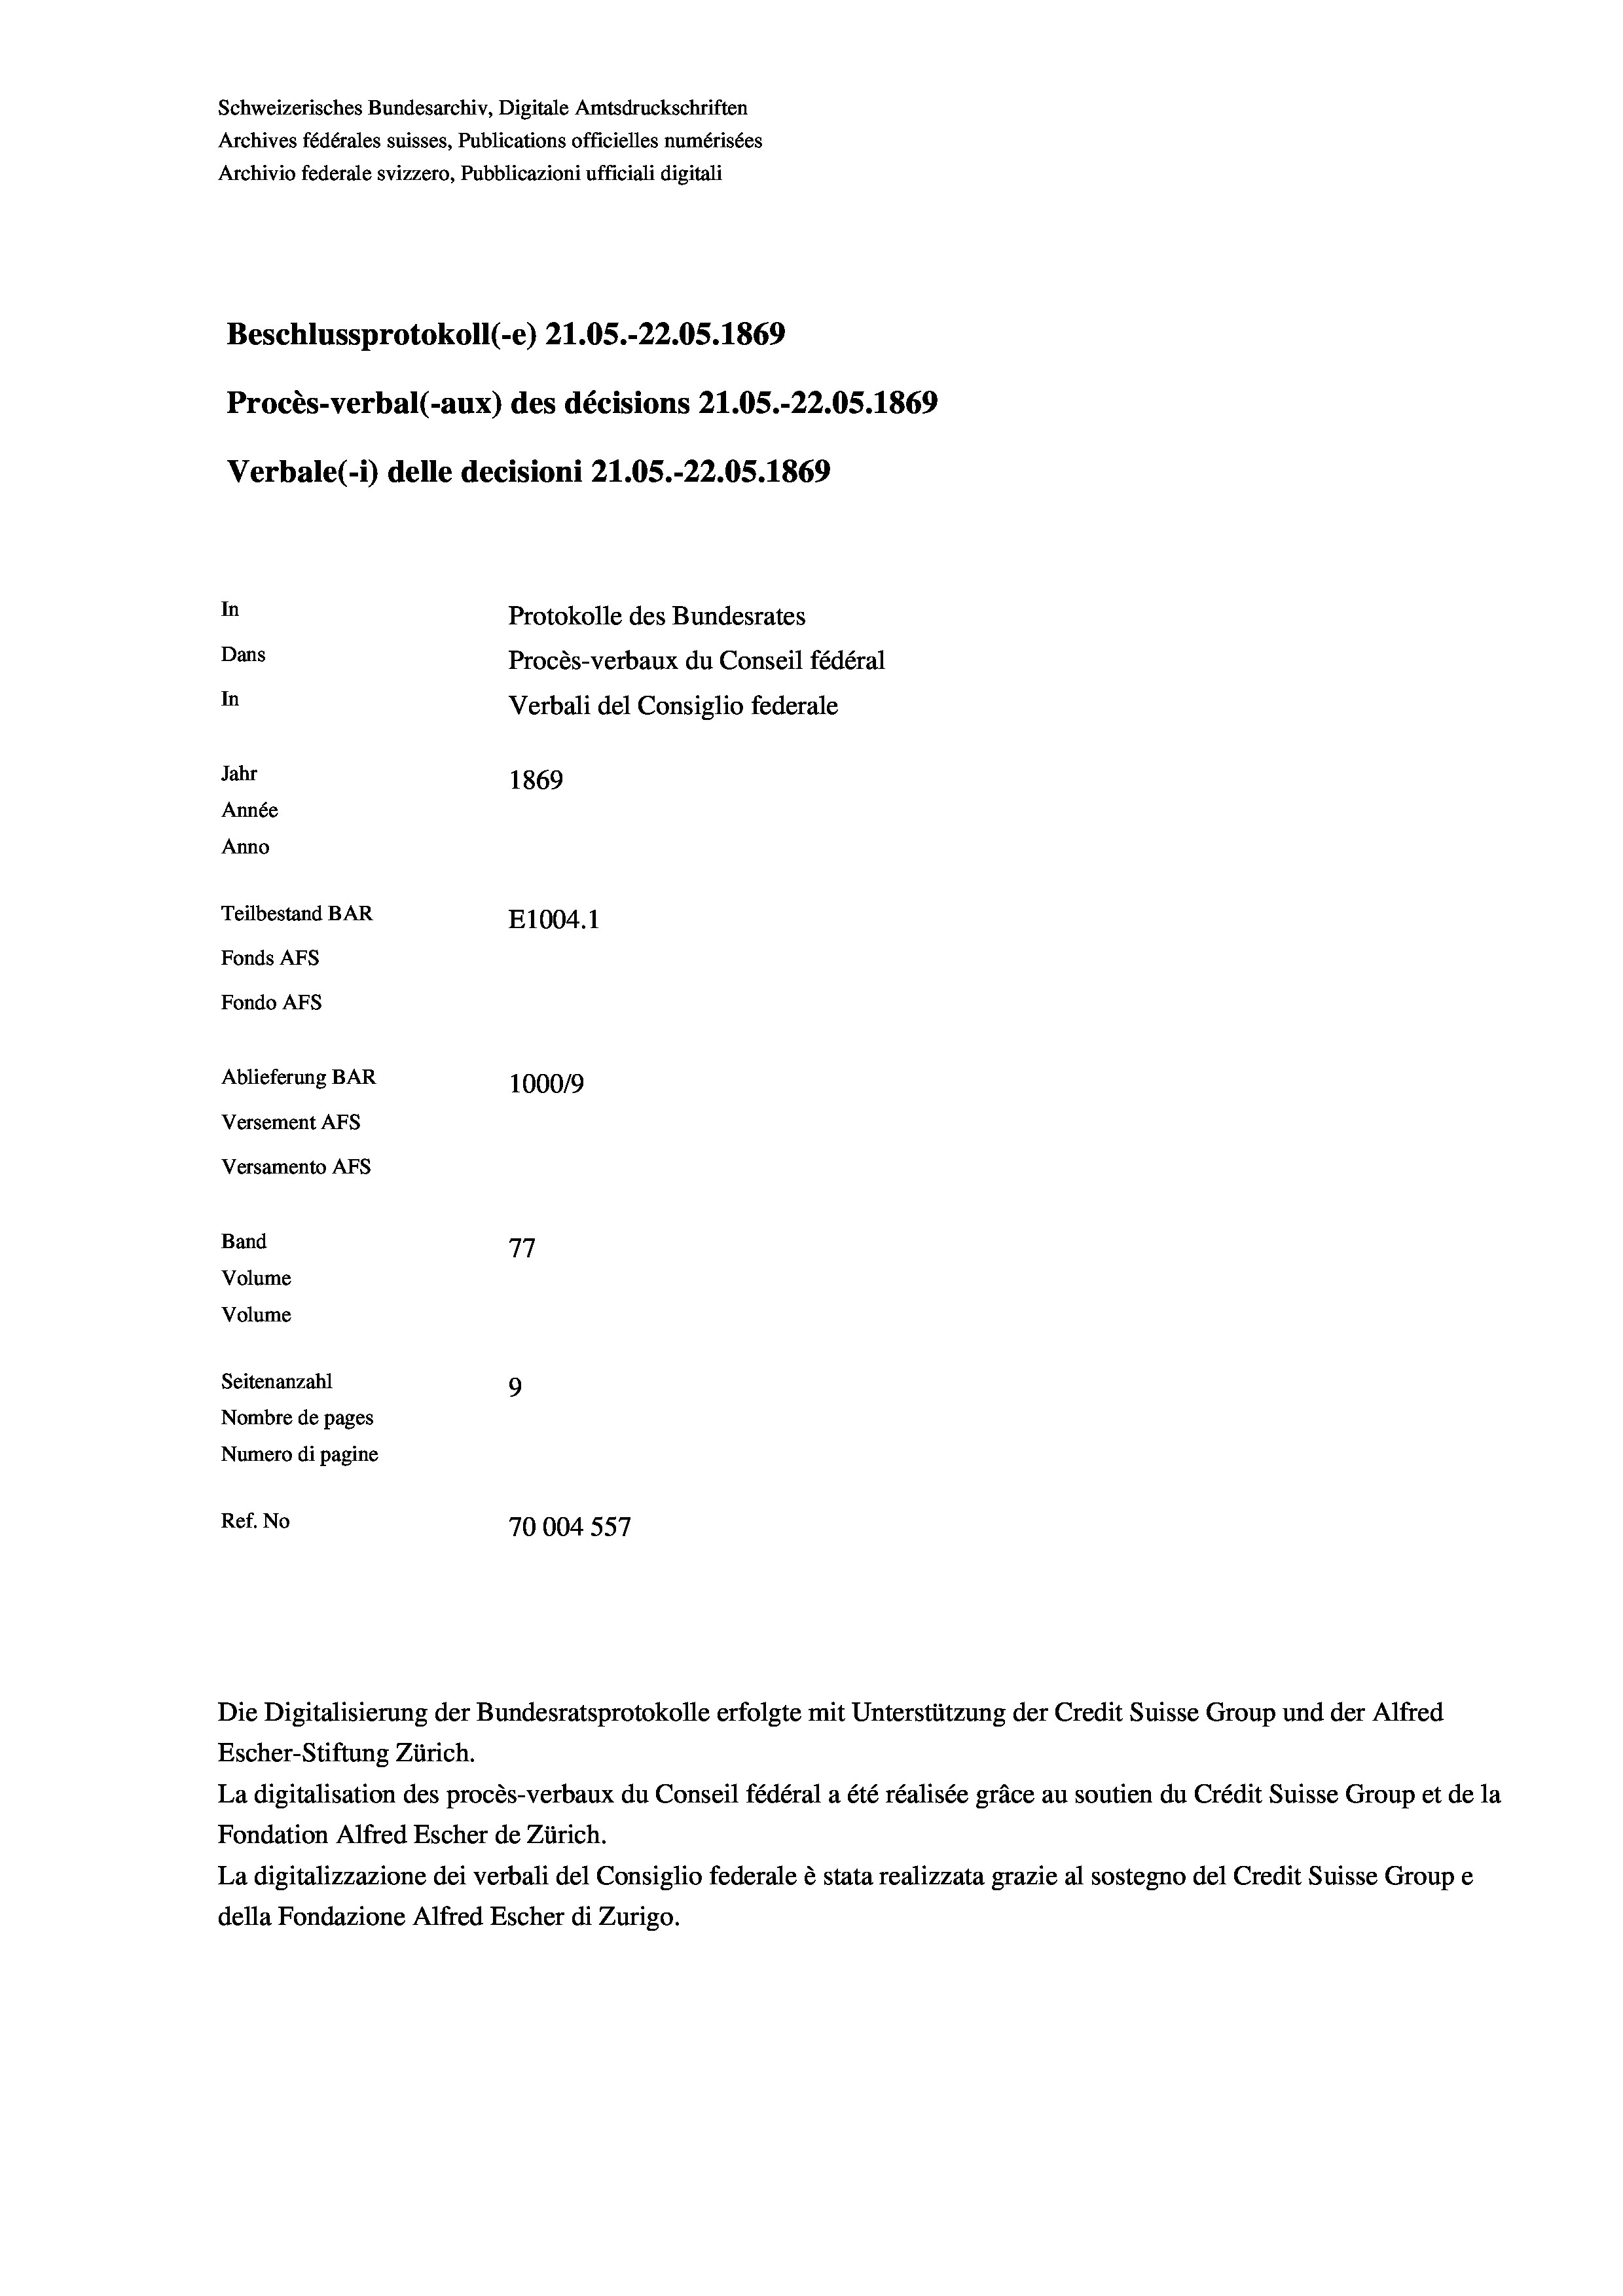
Schweizerisches Bundesarchiv, Digitale Amtsdruckschriften
Archives fédérales suisses, Publications officielles numérisées
Archivio federale svizzero, Pubblicazioni ufficiali digitali
Beschlussprotokoll (-e) 21.05.-22.05. 1869
Procès-verbal (-aux) des décisions 21.05.-22.05. 1869
Verbale (- 1) delle decisioni 21.05.-22.05. 1869
In
Protokolle des Bundesrates
Dans
Procès-verbaux du Conseil fédéral
In
Jahr
1869
Année
Anno
Teilbestand BAR
E1004. 1
Fonds AFs
Fondo AFS
Ablieferung BAR
100019
Versement AFs
Versamento Afs
Band
77
Volume
Volume
Seitenanzahl
9
Nombre de pages
Numero di pagine
Ref. No
70004 557

Verbali del Consiglio federale

Escher-Stiftung Zürich.
La digitalisation des procès-verbaux du Conseil fédéral a été réalisée gräce au soutien du Crédit Suisse Group et de la
Fondation Alfred Escher de Zürich.
La digitalizzazione dei verbali del Consiglio federale è stata realizzata grazie al sostegno del Credit Suisse Groupe
della Fondazione Alfred Escher di Zurigo.

Die Digitalisierung der Bundesratsprotokolle erfolgte mit Unterstützung der Credit Suisse Group und der Alfred